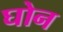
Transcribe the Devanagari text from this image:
घोन